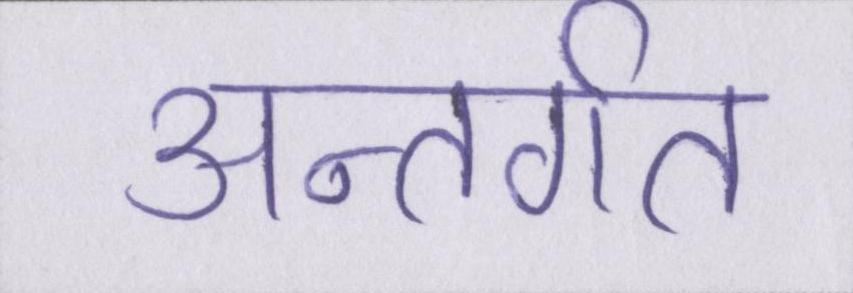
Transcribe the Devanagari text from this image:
अन्तर्गत